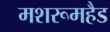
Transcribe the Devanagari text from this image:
मशरूमहैड